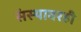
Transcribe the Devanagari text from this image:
संस्थावरही